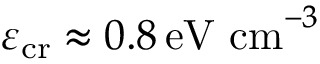
\varepsilon _ { \mathrm { c r } } \approx 0 . 8 \, \mathrm { e V ~ c m } ^ { - 3 }